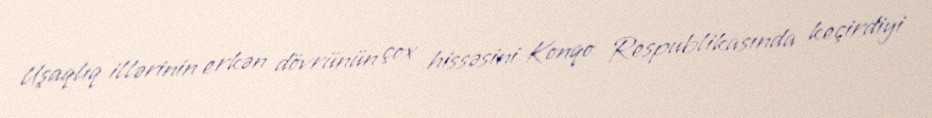
Uşaqlıq illərinin erkən dövrünün çox hissəsini Konqo Respublikasında keçirdiyi